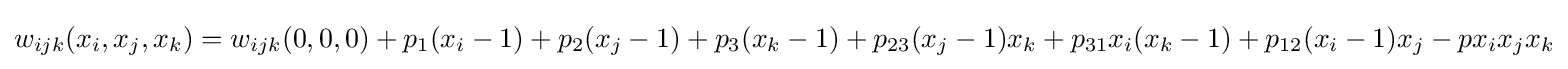
w_{ijk}(x_{i},x_{j},x_{k})=w_{ijk}(0,0,0)+p_{1}(x_{i}-1)+p_{2}(x_{j}-1)+p_{3}(x_{k}-1)+p_{23}(x_{j}-1)x_{k}+p_{31}x_{i}(x_{k}-1)+p_{12}(x_{i}-1)x_{j}-px_{i}x_{j}x_{k}